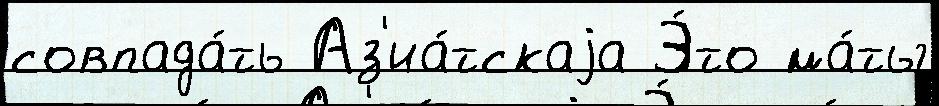
совпада́ть Аз'иа́тскаjа Э́то ма́ты